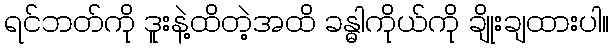
ရင်ဘတ်ကို ဒူးနဲ့ထိတဲ့အထိ ခန္ဓါကိုယ်ကို ချိုးချထားပါ။